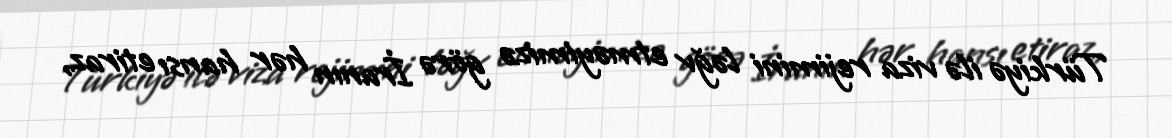
Türkiyə ilə viza rejimini ləğv etməyimizə görə İranın hər hansı etiraz,